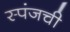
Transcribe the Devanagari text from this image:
स्पंजची